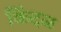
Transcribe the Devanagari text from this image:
किंदळ